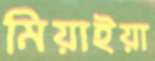
মিয়াইয়া